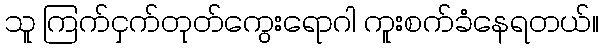
သူ ကြက်ငှက်တုတ်ကွေးရောဂါ ကူးစက်ခံနေရတယ်။